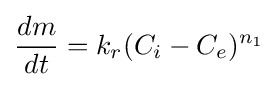
{\frac {dm}{dt}}={k_{r}}(C_{i}-C_{e})^{n_{1}}